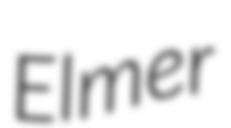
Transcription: Elmer